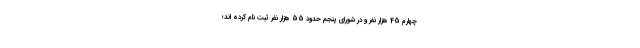
چهارم 45 هزار نفر و در شورای پنجم حدود 55 هزار نفر ثبت نام کرده اند؛